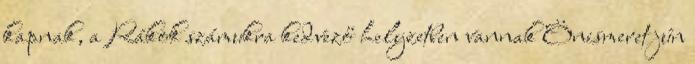
kapnak, a Rákok számukra kedvező helyzetben vannak Önismeret jún